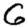
Digit: 6